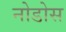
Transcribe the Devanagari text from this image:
नोडोस